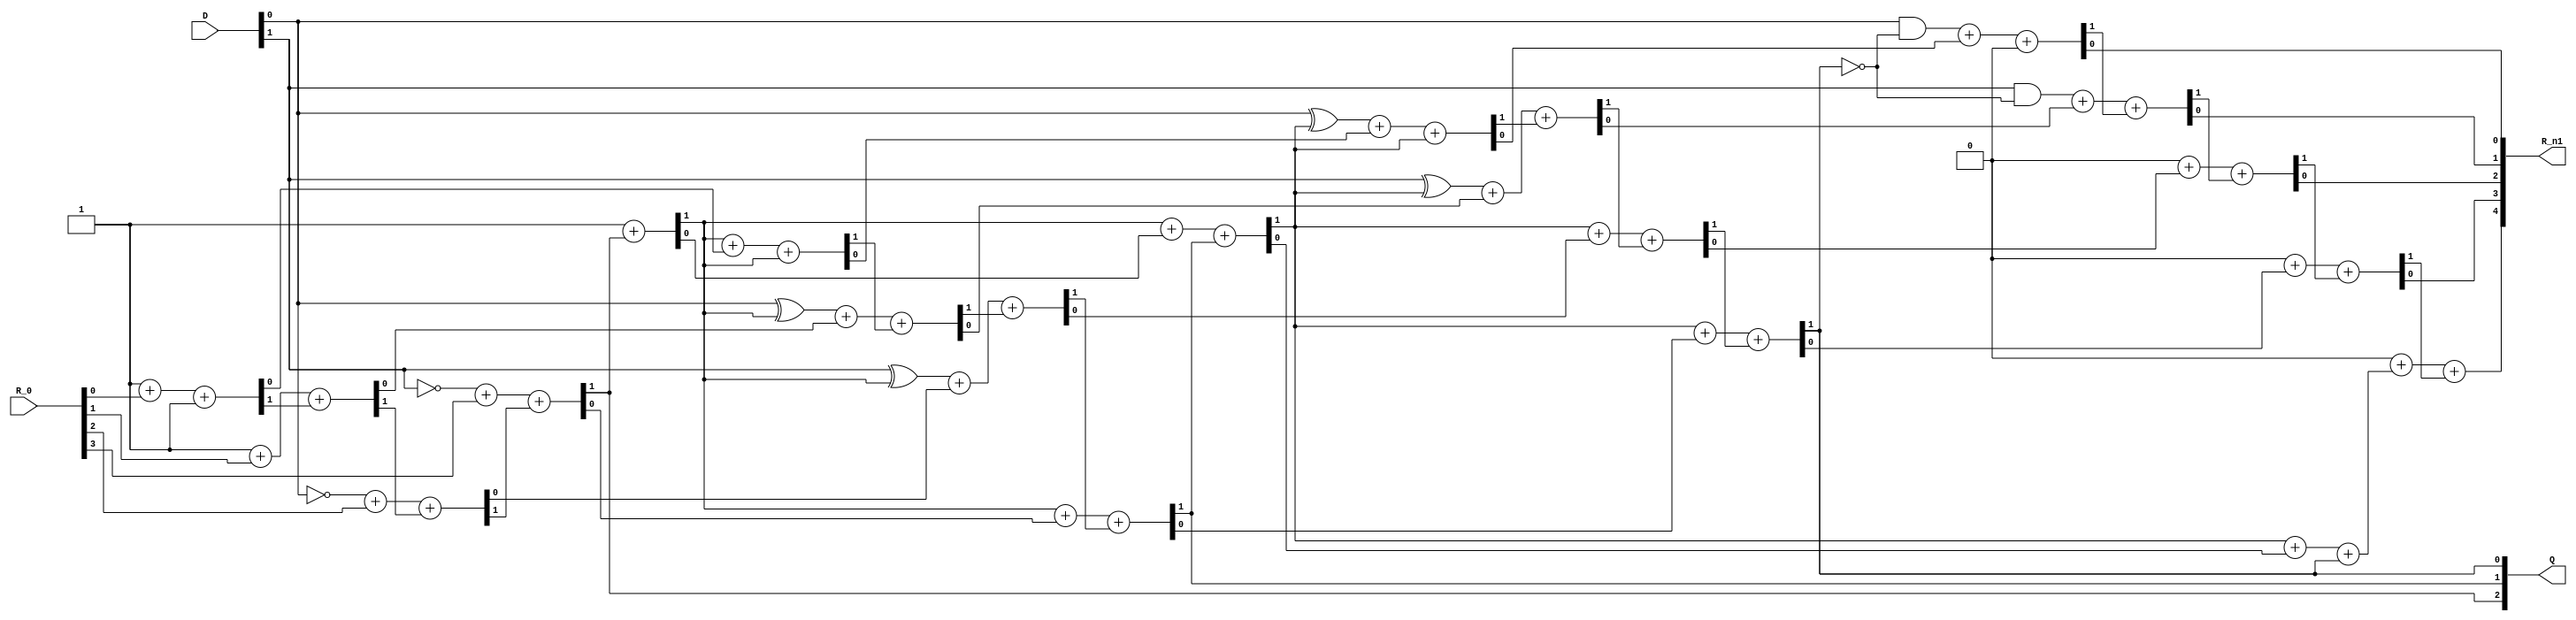
`timescale 1ns / 1ps
// 
module Non_restoring_Divider 
    #(
		parameter Nx = 3
	)
    (
    input [Nx - 1 - 1:0] D,
    input [2 * Nx - 2 - 1:0] R_0,
    output [Nx - 1:0]  Q,
    output [2 * Nx - 2:0]  R_n1
    );

    wire [2 * Nx - 2:0] i_add_term1[Nx:0];
    wire [2 * Nx - 2:0] i_add_term2[Nx:0];
    wire [2 * Nx - 2 + 1:0] w_CARRY[Nx:0];
    wire [2 * Nx - 2:0] w_SUM[Nx:0];

    wire [2 * Nx - 2:0] r = {1'b0,R_0};
    wire [2 * Nx - 2:0] d = {{(Nx){1'b0}}, D}; // need change

    genvar             ii;
    genvar             nn;

    generate 
    for (nn=0; nn<Nx; nn=nn+1) 
    begin
		// 2 1 0 
		assign Q[Nx - 1 - nn] = w_CARRY[nn][2 * Nx - 2];
	end
	endgenerate
    // Carry
    generate
    for (nn=0; nn<Nx+1; nn=nn+1) 
    begin
        // nn 0-3
		if(nn==0)begin
		    assign w_CARRY[0][0] = 1'b1;
		end
        else if(nn == Nx) begin
            assign w_CARRY[nn][0] = 1'b0;
        end
        else begin
            assign w_CARRY[nn][0] = w_CARRY[nn-1][2 * Nx - 2 + 1];
        end
        //ii 0-4
        for (ii=0; ii<2 * Nx - 2 + 1; ii=ii+1) 
            begin
            if(nn == 0) begin
                assign i_add_term2[nn][ii] = r[ii];
            end
            else begin
                assign i_add_term2[nn][ii] = w_SUM[nn-1][ii];
            end
			
            if(nn == Nx) begin
				//  carry0 
                assign i_add_term1[nn][ii] = d[ii] & (!w_CARRY[nn-1][2 * Nx - 2]);
            end
            else begin
                assign i_add_term1[nn][ii] = d[(ii + Nx + nn) % (2 * Nx - 2 + 1)] ^ w_CARRY[nn][0];
            end


            // i_add_term1[nn][ii] + i_add_term2[nn][ii] + w_CARRY[nn][ii]
            // {w_CARRY[nn][ii+1], w_SUM[nn][ii]} = {};
            assign {w_CARRY[nn][ii+1], w_SUM[nn][ii]} = i_add_term1[nn][ii] + i_add_term2[nn][ii] + w_CARRY[nn][ii];
            // assign o_sum   = i_bit1 ^ i_bit2 ^ i_carry;
            // assign o_carry = ((i_bit1 ^ i_bit2) & i_carry) | (i_bit1 & i_bit2);

            // full_adder full_adder_inst
            //     ( 
            //         .i_bit1(i_add_term1[nn][ii]),
            //         .i_bit2(i_add_term2[nn][ii]),
            //         .i_carry(w_CARRY[nn][ii]),
            //         .o_sum(w_SUM[nn][ii]),
            //         .o_carry(w_CARRY[nn][ii+1])
            //     );
            end
    end
    endgenerate
   
   assign R_n1 = w_SUM[Nx];
 
endmodule